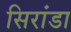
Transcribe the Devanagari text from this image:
सिरांडा